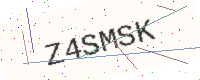
Text: Z4SMSK